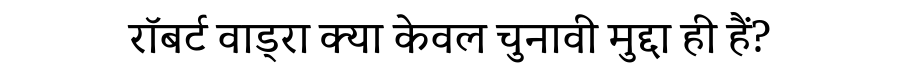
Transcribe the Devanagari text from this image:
रॉबर्ट वाड्रा क्या केवल चुनावी मुद्दा ही हैं?